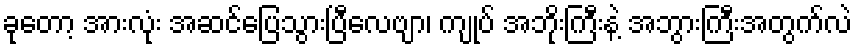
ခုတော့ အားလုံး အဆင်ပြေသွားပြီလေဗျာ၊ ကျုပ် အဘိုးကြီးနဲ့ အဘွားကြီးအတွက်လဲ